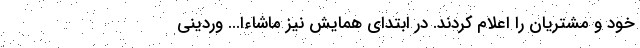
خود و مشتریان را اعلام کردند. در ابتدای همایش نیز ماشاءا... وردینی